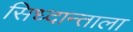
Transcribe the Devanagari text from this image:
सिध्दान्ताला